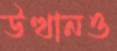
উত্থানও